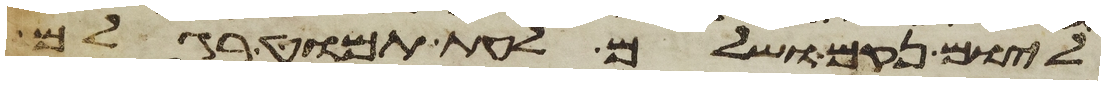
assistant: ליום נקם ושלם לעת תמוט רגלם